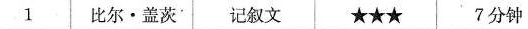
1 比尔·盖茨 记叙文 ★ ★ ★ 7分钟